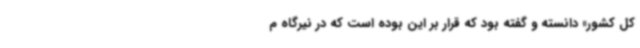
کل کشور» دانسته و گفته بود که قرار بر این بوده است که در نیرگاه م